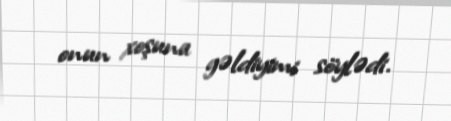
onun xoşuna gəldiyimi söylədi.